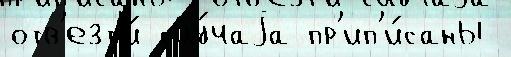
отв'езт'и́ слу́чаjа пр'ип'и́саны